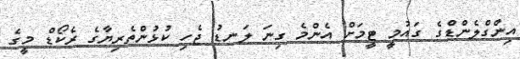
އިންގްލެންޑްގެ ގައުމީ ޓީމަށް އެންމެ ގިނަ ލަނޑު ޖެހި ކުޅުންތެރިޔާގެ ރެކޯޑް މީގެ